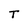
Character: T